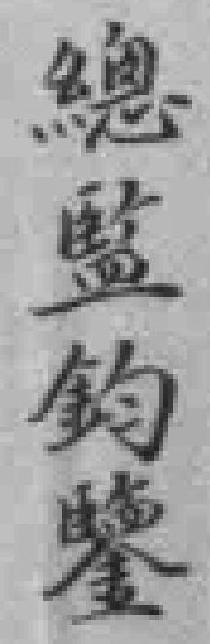
總監鈞鑒